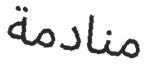
منادمة